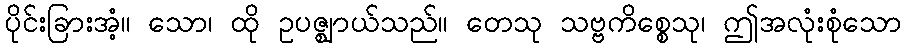
ပိုင်းခြားအံ့။ သော၊ ထို ဥပဇ္ဈာယ်သည်။ တေသု သဗ္ဗကိစ္စေသု၊ ဤအလုံးစုံသော